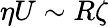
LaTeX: \eta U\sim R\zeta